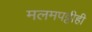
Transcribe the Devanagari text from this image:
मलमपट्टीही